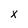
Character: x